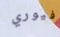
فيوري